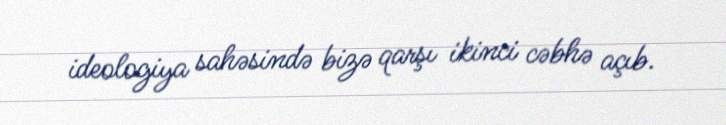
ideologiya sahəsində bizə qarşı ikinci cəbhə açıb.